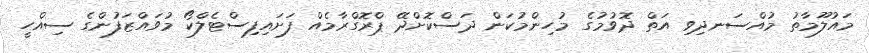
މައުލޫމާތު މުއްސަނދިވި އަތް ދޮވުމުގެ މުހިންމުކަން ދަސްކޮށްދޭ ޕްރޮގްރާމެއް ފަށައިފިސްޓެލްކޯ މުވައްޒަފުންގެ ސިއްހީ